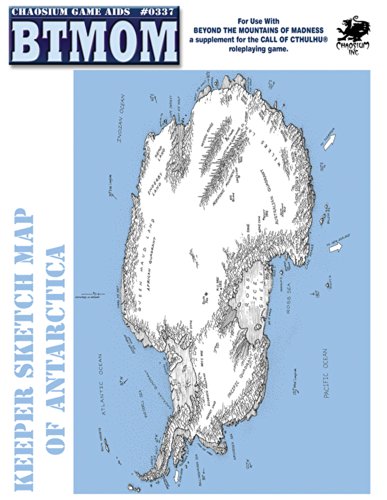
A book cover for BTMOM Game Aid (for Beyond the Mountains of Madness, Call of Cthulhu); C. Engan; Science Fiction & Fantasy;